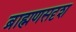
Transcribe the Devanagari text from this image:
ब्राह्मणसदृश